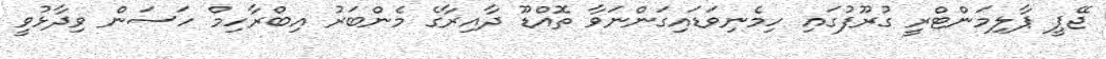
ޖޭޕީ ޕާލިމަންޓްރީ ގުރޫފުގައި ހިމެނިވަޑައިގަންނަވާ ތޮއްޑޫ ދާއިރާގެ މެންބަރު އިބްރާހިމް ހަސަން ވިދާޅުވީ